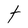
Character: t